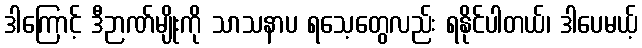
ဒါကြောင့် ဒီဉာဏ်မျိုးကို သာသနာပ ရသေ့တွေလည်း ရနိုင်ပါတယ်၊ ဒါပေမယ့်